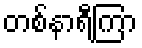
တစ်နာရီကြာ